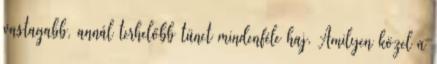
vastagabb, annál terhelőbb tünet mindenféle haj. Amilyen közel a